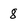
Character: 8